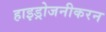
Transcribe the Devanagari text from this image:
हाइड्रोजनीकरन